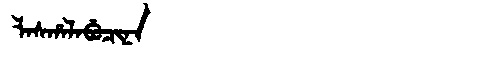
Manchu: ᠯᠠᠰᡥᠠᠯᠠᠪᡠᠴᡳᠨᠠ
Romanization: LASHALABUCINA